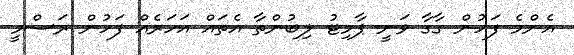
އެންމެ ފަހުން ގާގާ ވަނީ ޕާމިޓު ލިބުންތާ އެތައް އަހަރެއް ފަހުން ރަސްމީ